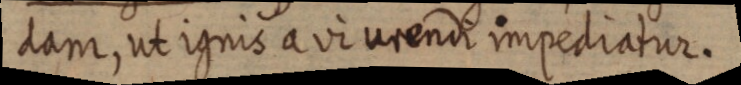
dam, ut ignis a vi urendi impediatur.